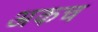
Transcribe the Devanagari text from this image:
अकच